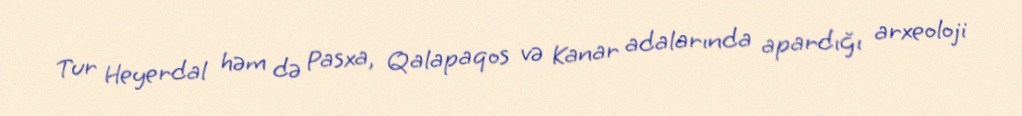
Tur Heyerdal həm də Pasxa, Qalapaqos və Kanar adalarında apardığı arxeoloji